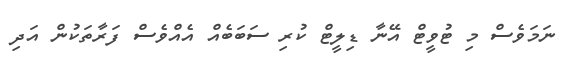
ނަމަވެސް މި ޓުވީޓް އޭނާ ޑިލީޓް ކުރި ސަބަބެއް އެއްވެސް ފަރާތަކުން އަދި